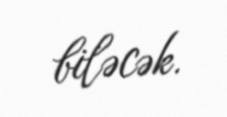
biləcək.